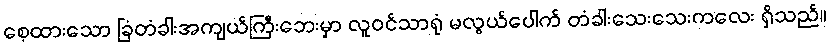
စေ့ထားသော ခြံတံခါးအကျယ်ကြီးဘေးမှာ လူဝင်သာရုံ မလွယ်ပေါက် တံခါးသေးသေးကလေး ရှိသည်။